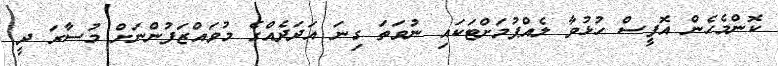
ކޮންމެހެން އޮފީސް ހުޅުވާ ލެއްޕުމަށްޓަކައި ނުވަތަ ގިނަ އަދަދެއްގެ މުވައްޒަފުންނަށް މުސާރަ ދީ